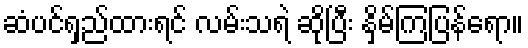
ဆံပင်ရှည်ထားရင် လမ်းသရဲ ဆိုပြီး နှိမ်ကြပြန်ရော။